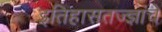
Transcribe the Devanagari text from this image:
इतिहासतज्ज्ञांचे